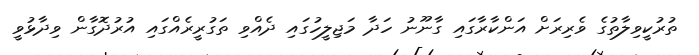
ތުރުކީވިލާތުގެ ވެރިރަށް އަންކާރާގައި ގާނޫނު ހަދާ މަޖިލީހުގައި ދެއްވި ތަގުރީރެއްގައި އުރުދޮގާން ވިދާޅުވީ